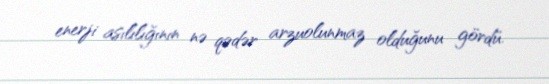
enerji asılılığının nə qədər arzuolunmaz olduğunu gördü.